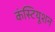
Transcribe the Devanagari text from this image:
कंस्टियूशन